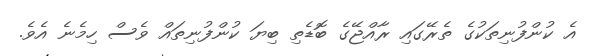
އެ ކުންފުނިތަކުގެ ތެރޭގައި ރާއްޖޭގެ ބޮޑެތި ބިޔަ ކުންފުނިތައް ވެސް ހިމެނެ އެވެ.